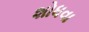
શોધવા